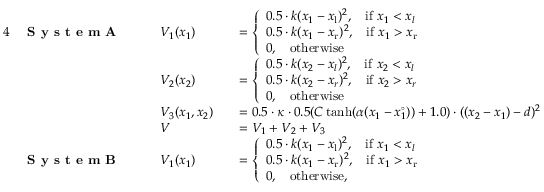
\begin{array} { r l r l r l } { { 4 } } & { \textbf { S y s t e m A } \: \: \: \: } & & { V _ { 1 } ( x _ { 1 } ) } & & { = \left\{ \begin{array} { l l } { 0 . 5 \cdot k ( x _ { 1 } - x _ { \mathrm { l } } ) ^ { 2 } , \: \: \: \: \mathrm { i f } \ x _ { 1 } < x _ { l } } \\ { 0 . 5 \cdot k ( x _ { 1 } - x _ { \mathrm { r } } ) ^ { 2 } , \: \: \: \: \mathrm { i f } \ x _ { 1 } > x _ { \mathrm { r } } } \\ { 0 , \: \: \: \: \mathrm { o t h e r w i s e } } \end{array} \right. } \\ & { } & & { V _ { 2 } ( x _ { 2 } ) } & & { = \left\{ \begin{array} { l l } { 0 . 5 \cdot k ( x _ { 2 } - x _ { l } ) ^ { 2 } , \: \: \: \: \mathrm { i f } \ x _ { 2 } < x _ { l } } \\ { 0 . 5 \cdot k ( x _ { 2 } - x _ { r } ) ^ { 2 } , \: \: \: \: \mathrm { i f } \ x _ { 2 } > x _ { r } } \\ { 0 , \: \: \: \: \mathrm { o t h e r w i s e } } \end{array} \right. } \\ & { } & & { V _ { 3 } ( x _ { 1 } , x _ { 2 } ) } & & { = 0 . 5 \cdot \kappa \cdot 0 . 5 ( C \operatorname { t a n h } ( \alpha ( x _ { 1 } - x _ { 1 } ^ { \circ } ) ) + 1 . 0 ) \cdot ( ( x _ { 2 } - x _ { 1 } ) - d ) ^ { 2 } } \\ & { } & & { V } & & { = V _ { 1 } + V _ { 2 } + V _ { 3 } } \\ & { \textbf { S y s t e m B } \: \: \: \: } & & { V _ { 1 } ( x _ { 1 } ) } & & { = \left\{ \begin{array} { l l } { 0 . 5 \cdot k ( x _ { 1 } - x _ { \mathrm { l } } ) ^ { 2 } , \: \: \: \: \mathrm { i f } \ x _ { 1 } < x _ { l } } \\ { 0 . 5 \cdot k ( x _ { 1 } - x _ { \mathrm { r } } ) ^ { 2 } , \: \: \: \: \mathrm { i f } \ x _ { 1 } > x _ { \mathrm { r } } } \\ { 0 , \: \: \: \: \mathrm { o t h e r w i s e } , } \end{array} \right. } \end{array}